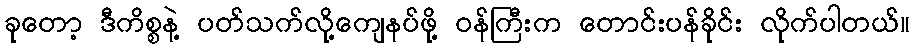
ခုတော့ ဒီကိစ္စနဲ့ ပတ်သက်လို့ကျေနပ်ဖို့ ဝန်ကြီးက တောင်းပန်ခိုင်း လိုက်ပါတယ်။